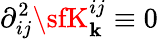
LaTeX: \partial_{ij}^{2}{\sfK}_{\mathbf{k}}^{ij}\equiv0